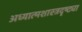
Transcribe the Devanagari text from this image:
अध्यात्मशास्त्रदृष्ट्या